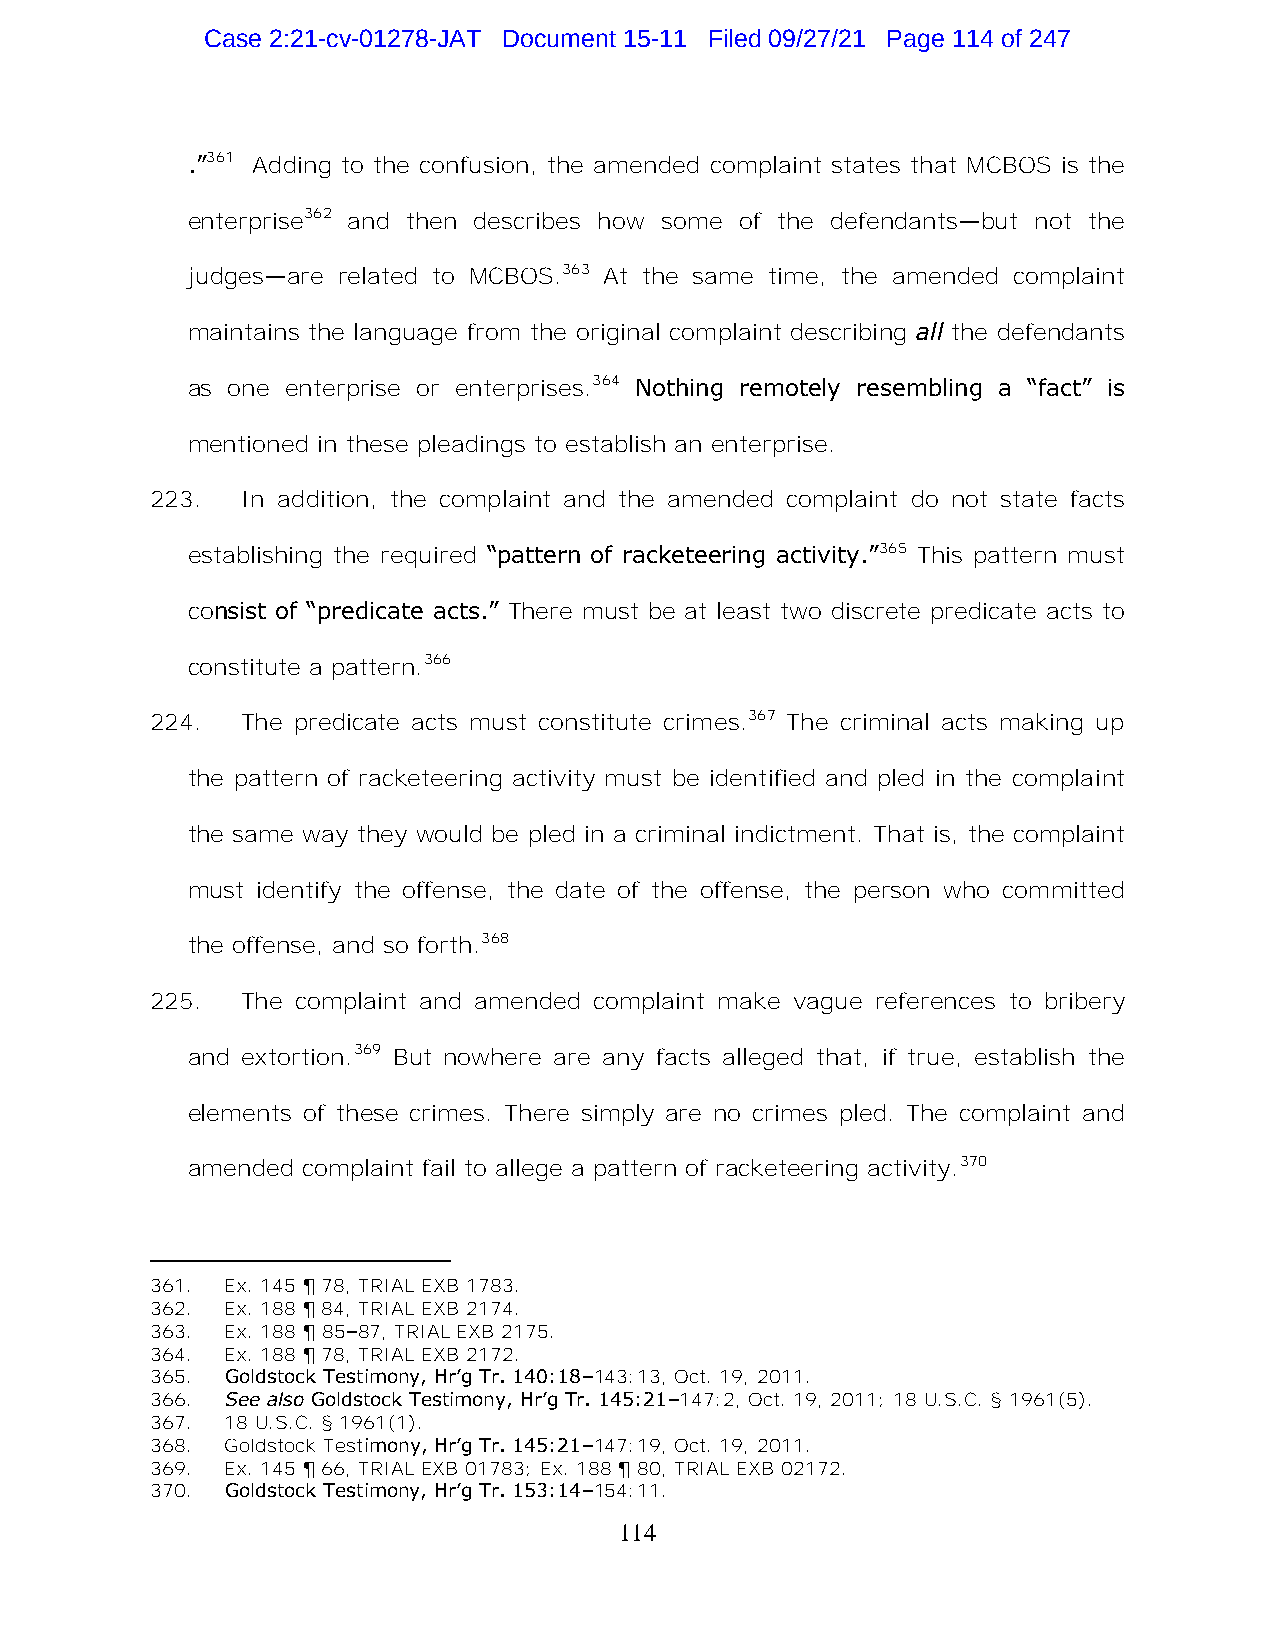
Case 2:21-cv-01278-JAT Document 15-11 Filed 09/27/21 Page 114 of 247
 .”361 Adding to the confusion, the amended complaint states that MCBOS is the
 enterprise362 and then describes how some of the defendants—but not the
 judges—are related to MCBOS.363 At the same time, the amended complaint
 maintains the language from the original complaint describing all the defendants
 as one enterprise or enterprises.364 Nothing remotely resembling a “fact” is
 mentioned in these pleadings to establish an enterprise.
 223.  In addition, the complaint and the amended complaint do not state facts
 establishing the required “pattern of racketeering activity.”365 This pattern must
 consist of “predicate acts.” There must be at least two discrete predicate acts to
 constitute a pattern.366
 224.  The predicate acts must constitute crimes.367 The criminal acts making up
 the pattern of racketeering activity must be identified and pled in the complaint
 the same way they would be pled in a criminal indictment. That is, the complaint
 must identify the offense, the date of the offense, the person who committed
 the offense, and so forth.368
 225.  The complaint and amended complaint make vague references to bribery
 and extortion.369 But nowhere are any facts alleged that, if true, establish the
 elements of these crimes. There simply are no crimes pled. The complaint and
 amended complaint fail to allege a pattern of racketeering activity.370
 361. Ex. 145 ¶ 78, TRIAL EXB 1783.
 362. Ex. 188 ¶ 84, TRIAL EXB 2174.
 363. Ex. 188 ¶ 85–87, TRIAL EXB 2175.
 364. Ex. 188 ¶ 78, TRIAL EXB 2172.
 365. Goldstock Testimony, Hr’g Tr. 140:18–143:13, Oct. 19, 2011.
 366. See also Goldstock Testimony, Hr’g Tr. 145:21–147:2, Oct. 19, 2011; 18 U.S.C. § 1961(5).
 367. 18 U.S.C. § 1961(1).
 368. Goldstock Testimony, Hr’g Tr. 145:21–147:19, Oct. 19, 2011.
 369. Ex. 145 ¶ 66, TRIAL EXB 01783; Ex. 188 ¶ 80, TRIAL EXB 02172.
 370. Goldstock Testimony, Hr’g Tr. 153:14–154:11.
 114